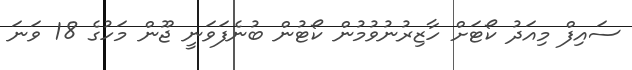
ސައިފް މިއަދު ކޯޓަށް ހާޒިރުނުވުމުން ކޯޓުން ބުނެފަވަނީ ޖޫން މަހުގެ 18 ވަނަ